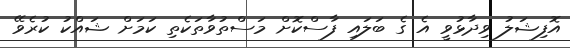
އޮފިޝަލު ވިދާޅުވީ އެ ގެ ބަލައި ފާސްކޮށް މަސްތުވާތަކެތި ކަމަށް ޝައްކު ކުރެވޭ